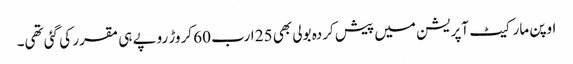
اوپن مارکیٹ آپریشن میں پیش کردہ بولی بھی 25 ارب 60 کروڑ روپے ہی مقرر کی گئی تھی۔